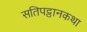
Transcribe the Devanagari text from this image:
सतिपट्ठानकथा